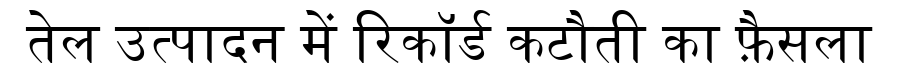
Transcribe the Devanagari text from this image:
तेल उत्पादन में रिकॉर्ड कटौती का फ़ैसला